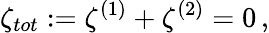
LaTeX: \zeta_{tot}:=\zeta^{(1)}+\zeta^{(2)}=0\, ,